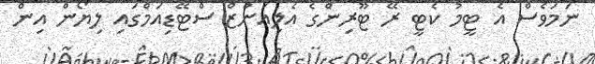
ނަމަވެސް އެ ޓީމު ކެޓީ ރޭ ޓޫރިންގެ އެލިއަންޒް ސްޓޭޑިއަމްގައި ލިޔޯން އިން